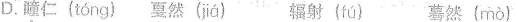
D.\underset{·}{瞳}仁( tóng )戛然( já ) 辐射〈 fú ) 蓦然( mò )